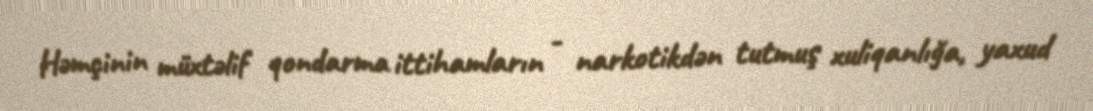
Həmçinin müxtəlif qondarma ittihamların - narkotikdən tutmuş xuliqanlığa, yaxud